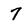
Character: 7